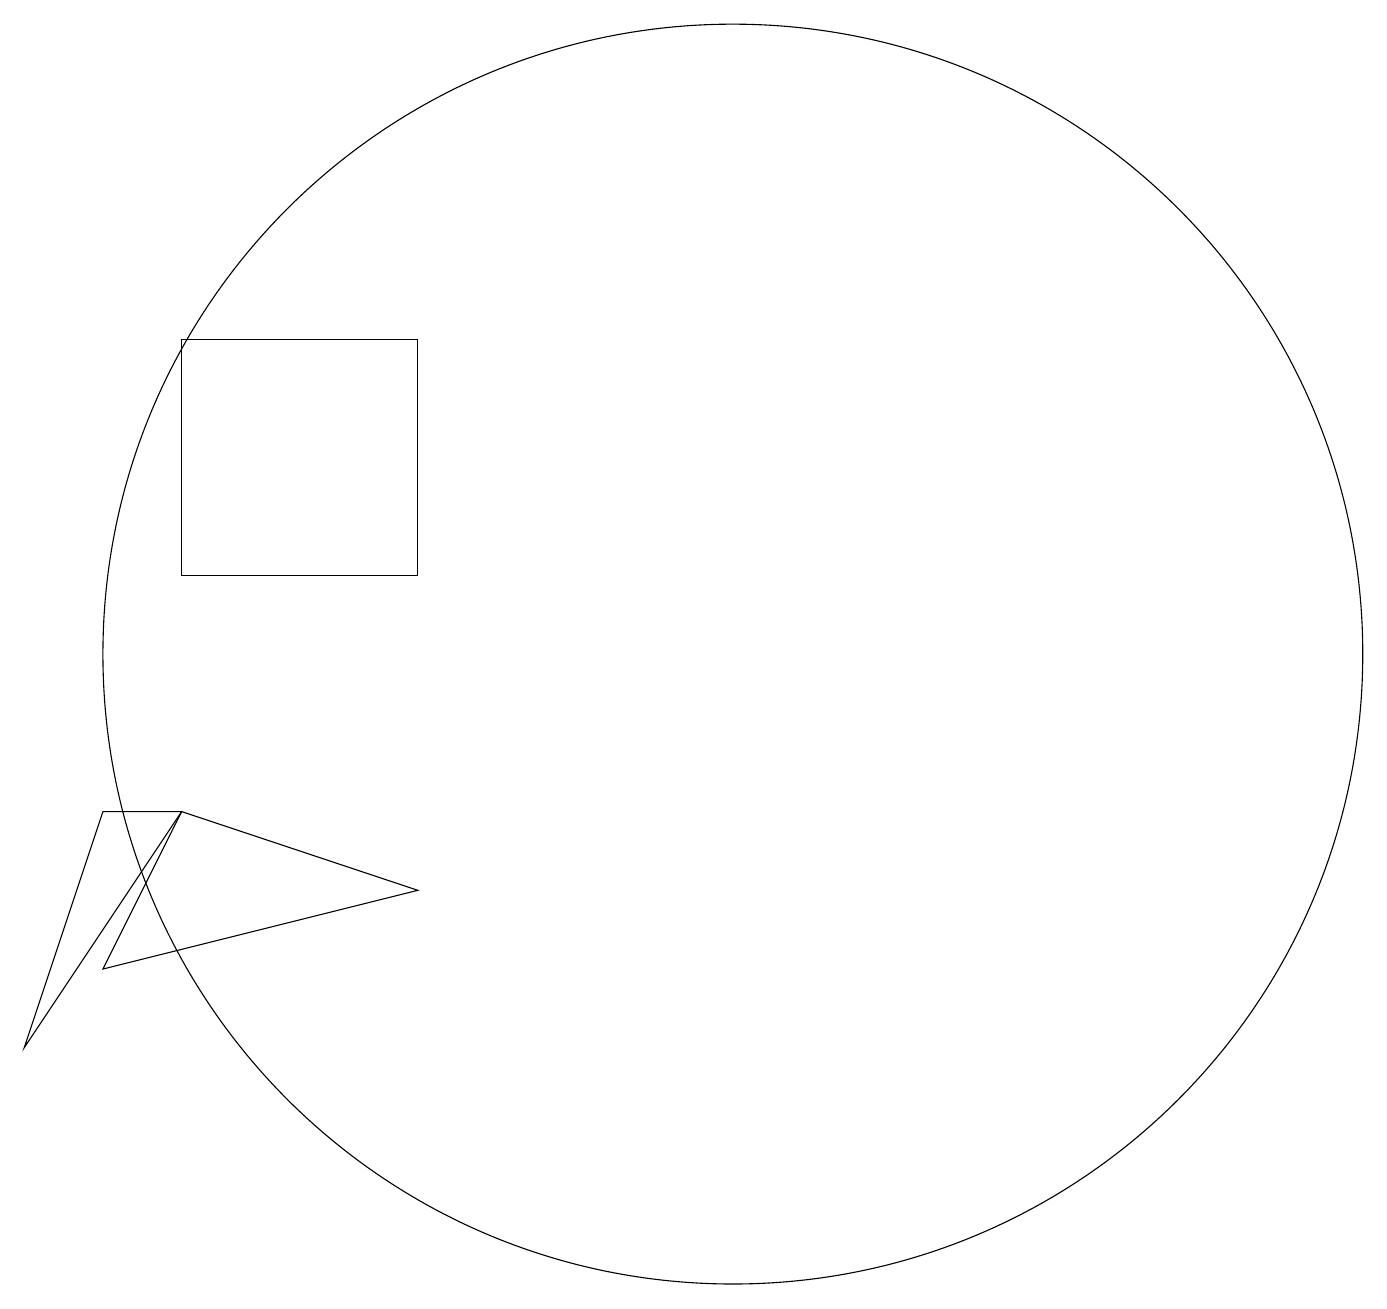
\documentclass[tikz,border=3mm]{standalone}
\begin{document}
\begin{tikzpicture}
\draw (6,11) rectangle (3,14);
\draw (10,10) circle (8);
\draw (2,6) -- (6,7) -- (3,8) -- cycle;
\draw (1,5) -- (2,8) -- (3,8) -- cycle;
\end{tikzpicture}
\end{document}